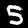
Label: 5